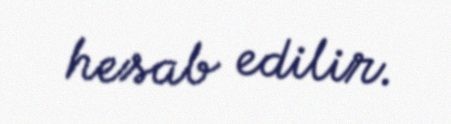
hesab edilir.